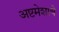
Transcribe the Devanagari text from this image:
अष्टमेशाचे